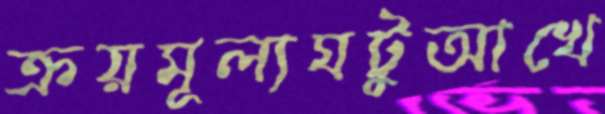
ক্রয়মূল্যঘটুআখে